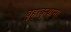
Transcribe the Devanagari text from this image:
बृहत्कृथाम्।